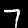
Label: 7